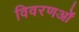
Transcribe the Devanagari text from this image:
विवरणओं